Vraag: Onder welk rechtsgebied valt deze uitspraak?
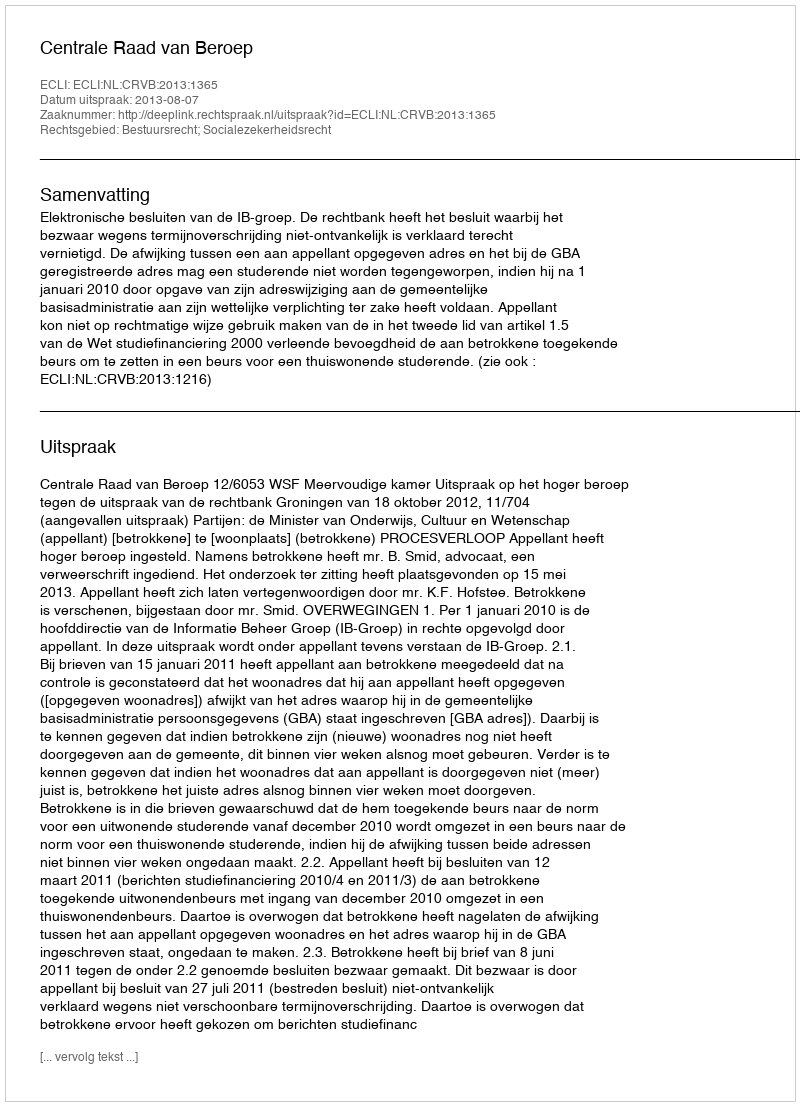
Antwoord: Bestuursrecht; Socialezekerheidsrecht